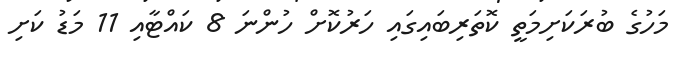
މަހުގެ ބުރަކަށިމަތީ ކޮތަރިބައިގައި ހަރުކޮށް ހުންނަ 8 ކައްޓާއި 11 މަޑު ކަށި